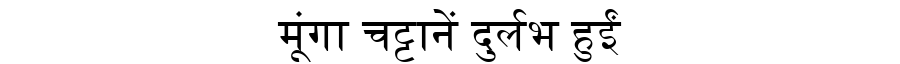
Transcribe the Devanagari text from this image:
मूंगा चट्टानें दुर्लभ हुईं